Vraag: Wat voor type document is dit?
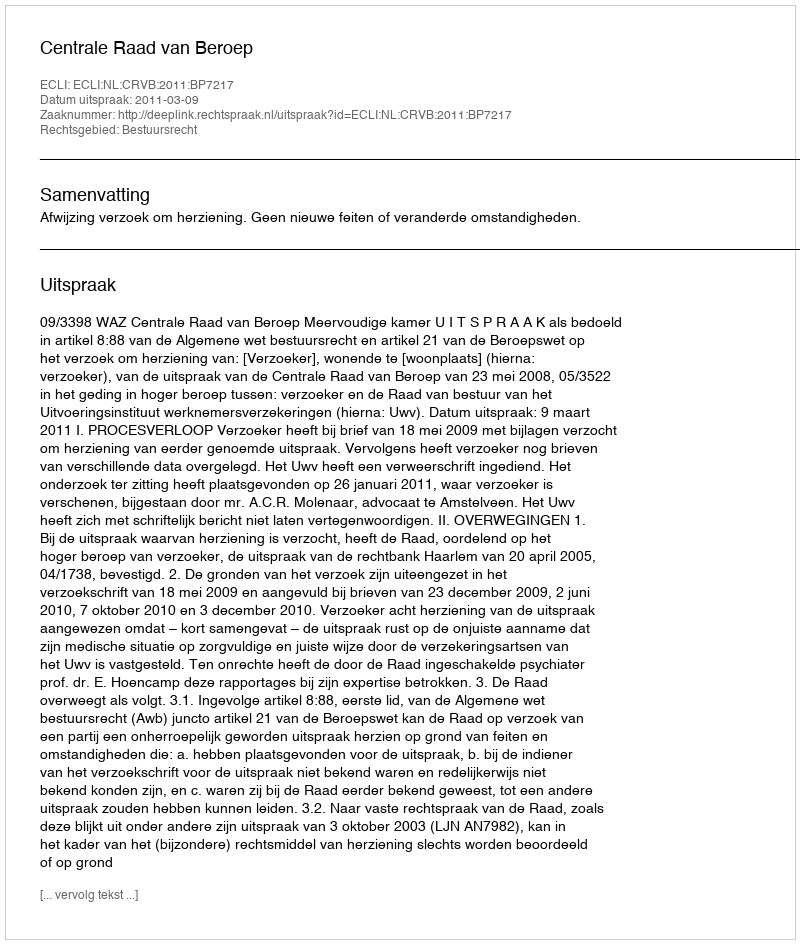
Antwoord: Uitspraak